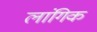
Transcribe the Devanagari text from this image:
लांगिक